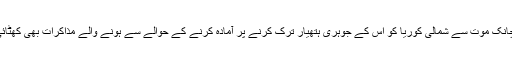
کم جونگ اِل کی اچانک موت سے شمالی کوریا کو اس کے جوہری ہتھیار ترک کرنے پر آمادہ کرنے کے حوالے سے ہونے والے مذاکرات بھی کھٹائی میں پڑ گئے ہیں۔